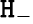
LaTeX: \mathtt{H}_{-}